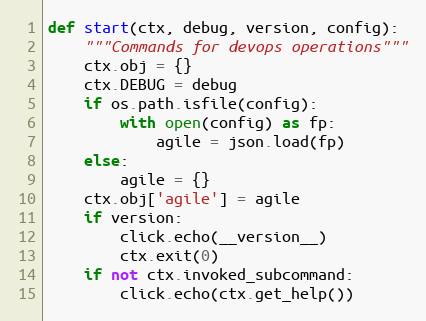
Language: Python
def start(ctx, debug, version, config):
    """Commands for devops operations"""
    ctx.obj = {}
    ctx.DEBUG = debug
    if os.path.isfile(config):
        with open(config) as fp:
            agile = json.load(fp)
    else:
        agile = {}
    ctx.obj['agile'] = agile
    if version:
        click.echo(__version__)
        ctx.exit(0)
    if not ctx.invoked_subcommand:
        click.echo(ctx.get_help())